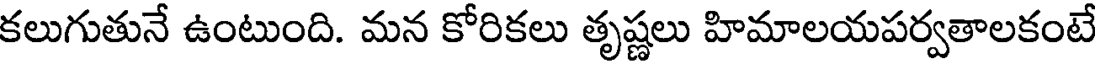
కలుగుతునే ఉంటుంది. మన కోరికలు తృష్ణలు హిమాలయపర్వతాలకంటే